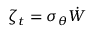
\zeta _ { t } = \sigma _ { \theta } \dot { W }